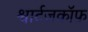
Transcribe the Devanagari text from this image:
श्वार्टज़कॉफ़